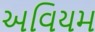
અવિયમ